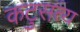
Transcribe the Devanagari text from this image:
कटुसत्य